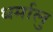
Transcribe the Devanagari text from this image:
धर्मालु